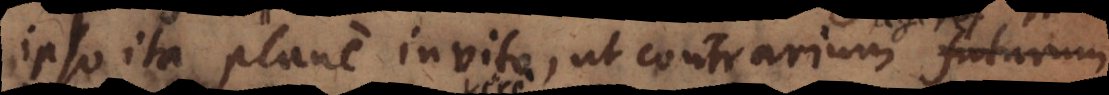
ipso ita plane invito, ut contrarium decrever